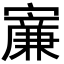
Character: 𡫐